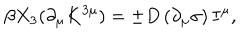
LaTeX: \beta X _ { 3 } ( \partial _ { \mu } K ^ { 3 \mu } ) = \pm D \left( \partial _ { \mu } \sigma \right) I ^ { \mu } ,